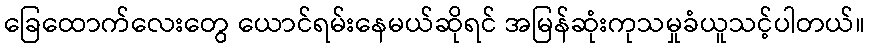
ခြေထောက်လေးတွေ ယောင်ရမ်းနေမယ်ဆိုရင် အမြန်ဆုံးကုသမှုခံယူသင့်ပါတယ်။